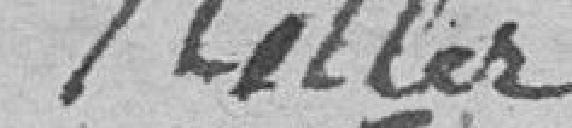
G. KELLER?